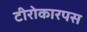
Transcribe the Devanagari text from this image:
टीरोकारपस